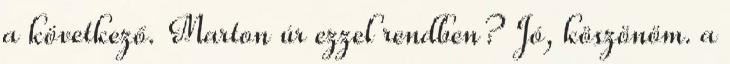
a következő. Marton úr ezzel rendben? Jó, köszönöm. a